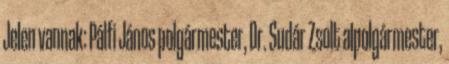
Jelen vannak: Pálfi János polgármester, Dr. Sudár Zsolt alpolgármester,